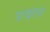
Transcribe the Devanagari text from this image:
पावोल